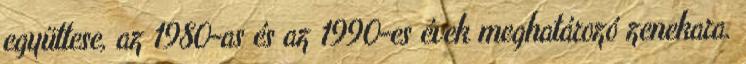
együttese, az 1980-as és az 1990-es évek meghatározó zenekara.